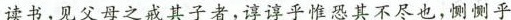
读书，见父母之戒其子者，谆谆乎惟恐其不尽也，测测乎